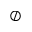
\oslash